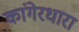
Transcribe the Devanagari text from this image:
कांगेरधारा